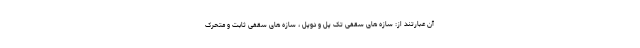
آن عبارتند از: سازه های سقفی تک پل و دوپل ، سازه های سقفی ثابت و متحرک